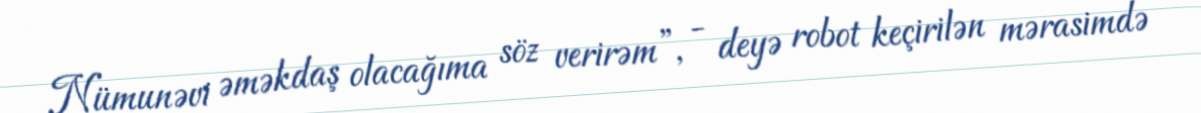
Nümunəvi əməkdaş olacağıma söz verirəm”, - deyə robot keçirilən mərasimdə